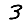
Digit: 3